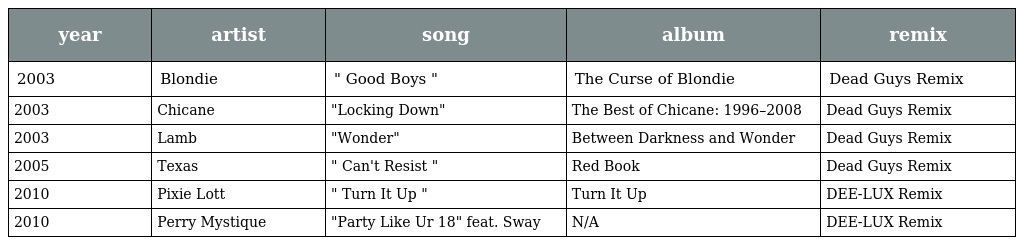
| year | artist | song | album | remix |
 | --- | --- | --- | --- | --- |
 | 2003 | Blondie | " Good Boys " | The Curse of Blondie | Dead Guys Remix |
 | 2003 | Chicane | "Locking Down" | The Best of Chicane: 1996–2008 | Dead Guys Remix |
 | 2003 | Lamb | "Wonder" | Between Darkness and Wonder | Dead Guys Remix |
 | 2005 | Texas | " Can't Resist " | Red Book | Dead Guys Remix |
 | 2010 | Pixie Lott | " Turn It Up " | Turn It Up | DEE-LUX Remix |
 | 2010 | Perry Mystique | "Party Like Ur 18" feat. Sway | N/A | DEE-LUX Remix |